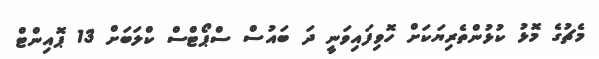
މެޗުގެ މޮޅު ކުޅުންތެރިޔަކަށް ހޮވިފައިވަނީ ދަ ބައުސް ސްޕޯޓްސް ކްލަބަށް 13 ޕޮއިންޓް